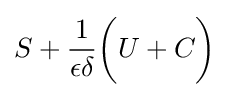
S+{\frac {1}{\epsilon \delta }}{\biggl (}U+C{\biggr )}